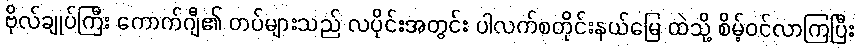
ဗိုလ်ချုပ်ကြီး ကောက်ဂျီ၏ တပ်များသည် လပိုင်းအတွင်း ပါလက်စတိုင်းနယ်မြေ ထဲသို့ စိမ့်ဝင်လာကြပြီး